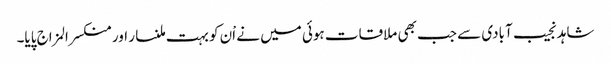
شاہد نجیب آبادی سے جب بھی ملاقات ہوئی میں نے اْن کو بہت ملنسار اور منکسرالمزاج پایا۔